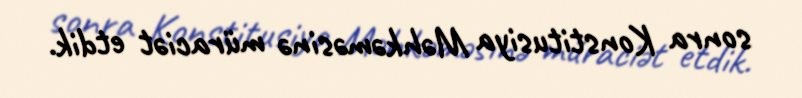
sonra Konstitusiya Məhkəməsinə müraciət etdik.